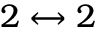
2 \leftrightarrow 2